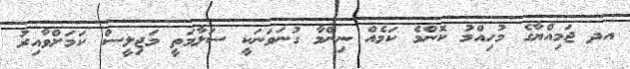
އދ ޖަމިއްޔާގެ މުހިއްމު ކޮންމެ ކަމެއް ނިންމާ ގުނަވަނަކީ ސަލާމަތީ މަޖިލީސް ކަމަށްވާއިރު